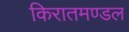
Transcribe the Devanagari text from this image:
किरातमण्डल